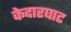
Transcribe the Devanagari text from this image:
केदारघाट